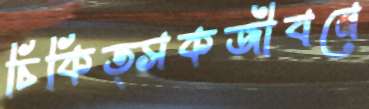
চিকিত্সকজীবনে